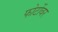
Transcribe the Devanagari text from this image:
फोटोंवर